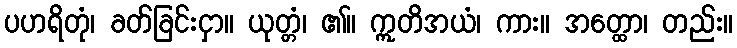
ပဟရိတုံ၊ ခတ်ခြင်းငှာ။ ယုတ္တံ၊ ၏။ ဣတိအယံ၊ ကား။ အတ္ထော၊ တည်း။